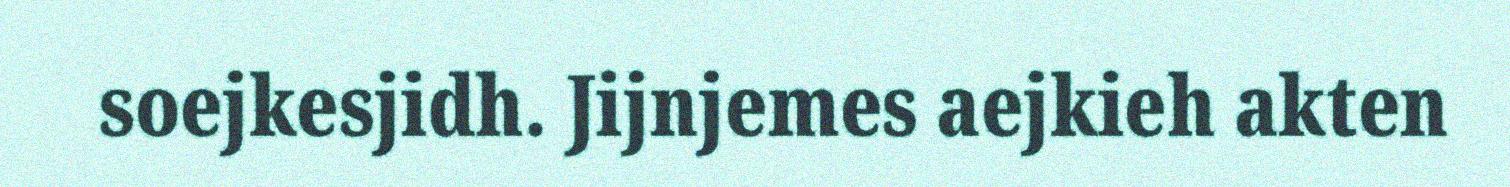
soejkesjidh. Jijnjemes aejkieh akten